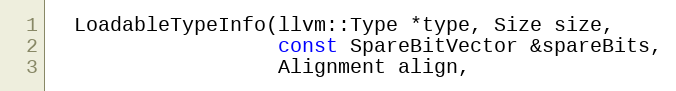
Language: C
  LoadableTypeInfo(llvm::Type *type, Size size,
                   const SpareBitVector &spareBits,
                   Alignment align,